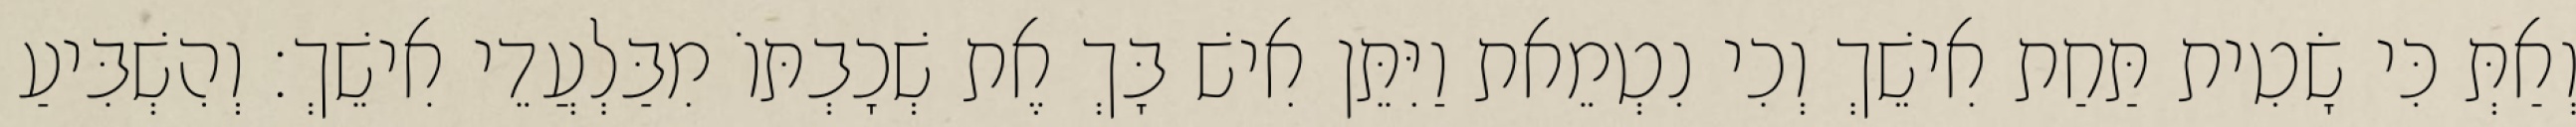
וְאַתְּ כִּי שָׂטִית תַּחַת אִישֵׁךְ וְכִי נִטְמֵאת וַיִּתֵּן אִישׁ בָּךְ אֶת שְׁכָבְתּוֹ מִבַּלְעֲדֵי אִישֵׁךְ׃ וְהִשְׁבִּיעַ